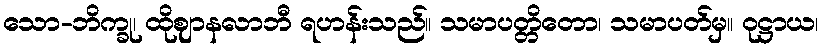
သော-ဘိက္ခု၊ ထိုဈာနလာဘီ ရဟန်းသည်။ သမာပတ္တိတော၊ သမာပတ်မှ။ ဝုဋ္ဌာယ၊